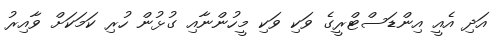
އަދި އެއީ އިންޑަސްޓްރީގެ ވަކި ވަކި މީހުންނާއި ގުޅުން ހުރި ކަމަކަށް ވާއިރު